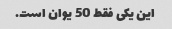
این یکی فقط 50 یوان است.